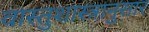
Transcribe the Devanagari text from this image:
वास्तुशास्त्रानुसार